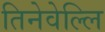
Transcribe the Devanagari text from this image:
तिनेवेल्लि